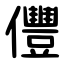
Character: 㒥